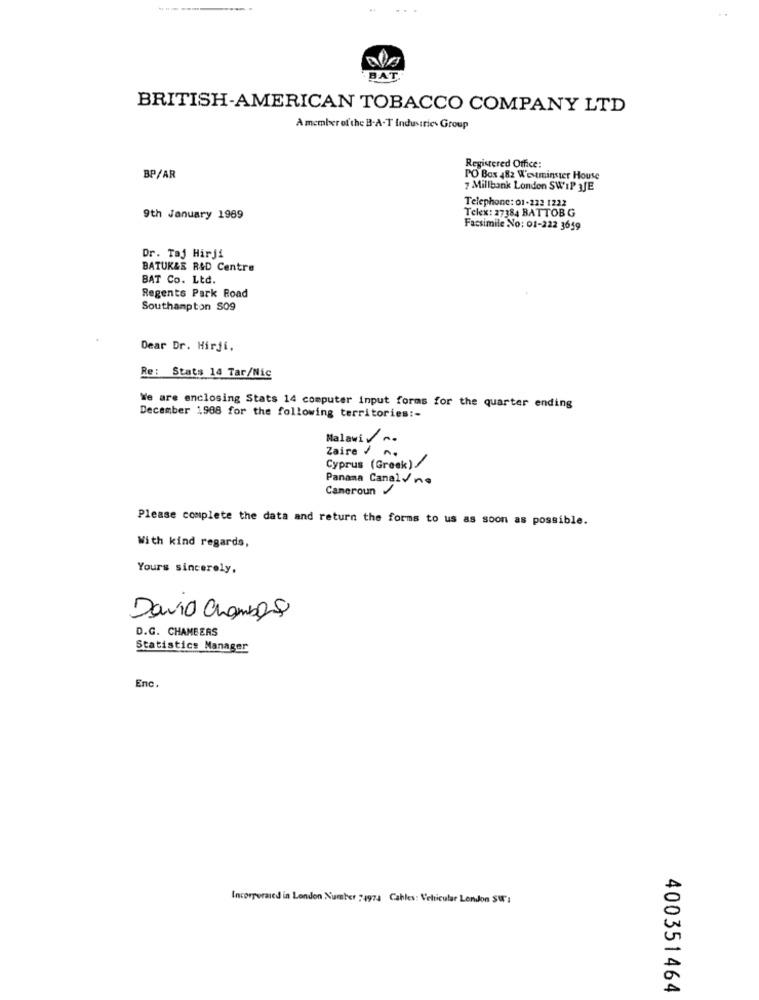
BAT.
BRITISH-AMERICAN TOBACCO COMPANY LTD
A member of the B-A-T Industries Group
Registered Office:
BP/AR
PO Box 482 Westminster House
7 Millbank London SWIP aJE
Telephone: 01-222 1222
Telex: 27384 BATTOBG
9th January 1969
Facsimile NNo: 01-222 3659
Dr. Taj Hirji
BATUK&E R&D Centre
BAT Co. Ltd.
Regents Park Road
Southampton S09
Dear Dr. Hirji.
Re: Stats 14 Tar/Nic
We are enclosing Stats 14 computer input forms for the quarter ending
December 1988 for the following territories :-
Malawi .
Zaire / n.
Cyprus (Greek)
Panama Canal/n.
Cameroun /
Please complete the data and return the forms to us as soon as possible.
With kind regards,
Yours sincerely,
David Chambers
D.G. CHAMBERS
Statistics Manager
Enc.
Incorporaied in London Number 74974 Cables: Vehicular London SW :
400351464